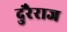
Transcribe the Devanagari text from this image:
दुरैराज